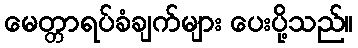
မေတ္တာရပ်ခံချက်များ ပေးပို့သည်။